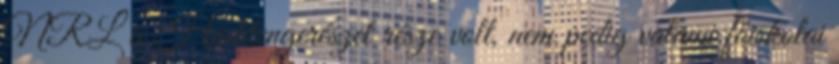
NRL a Haditengerészet része volt, nem pedig valami főiskolai